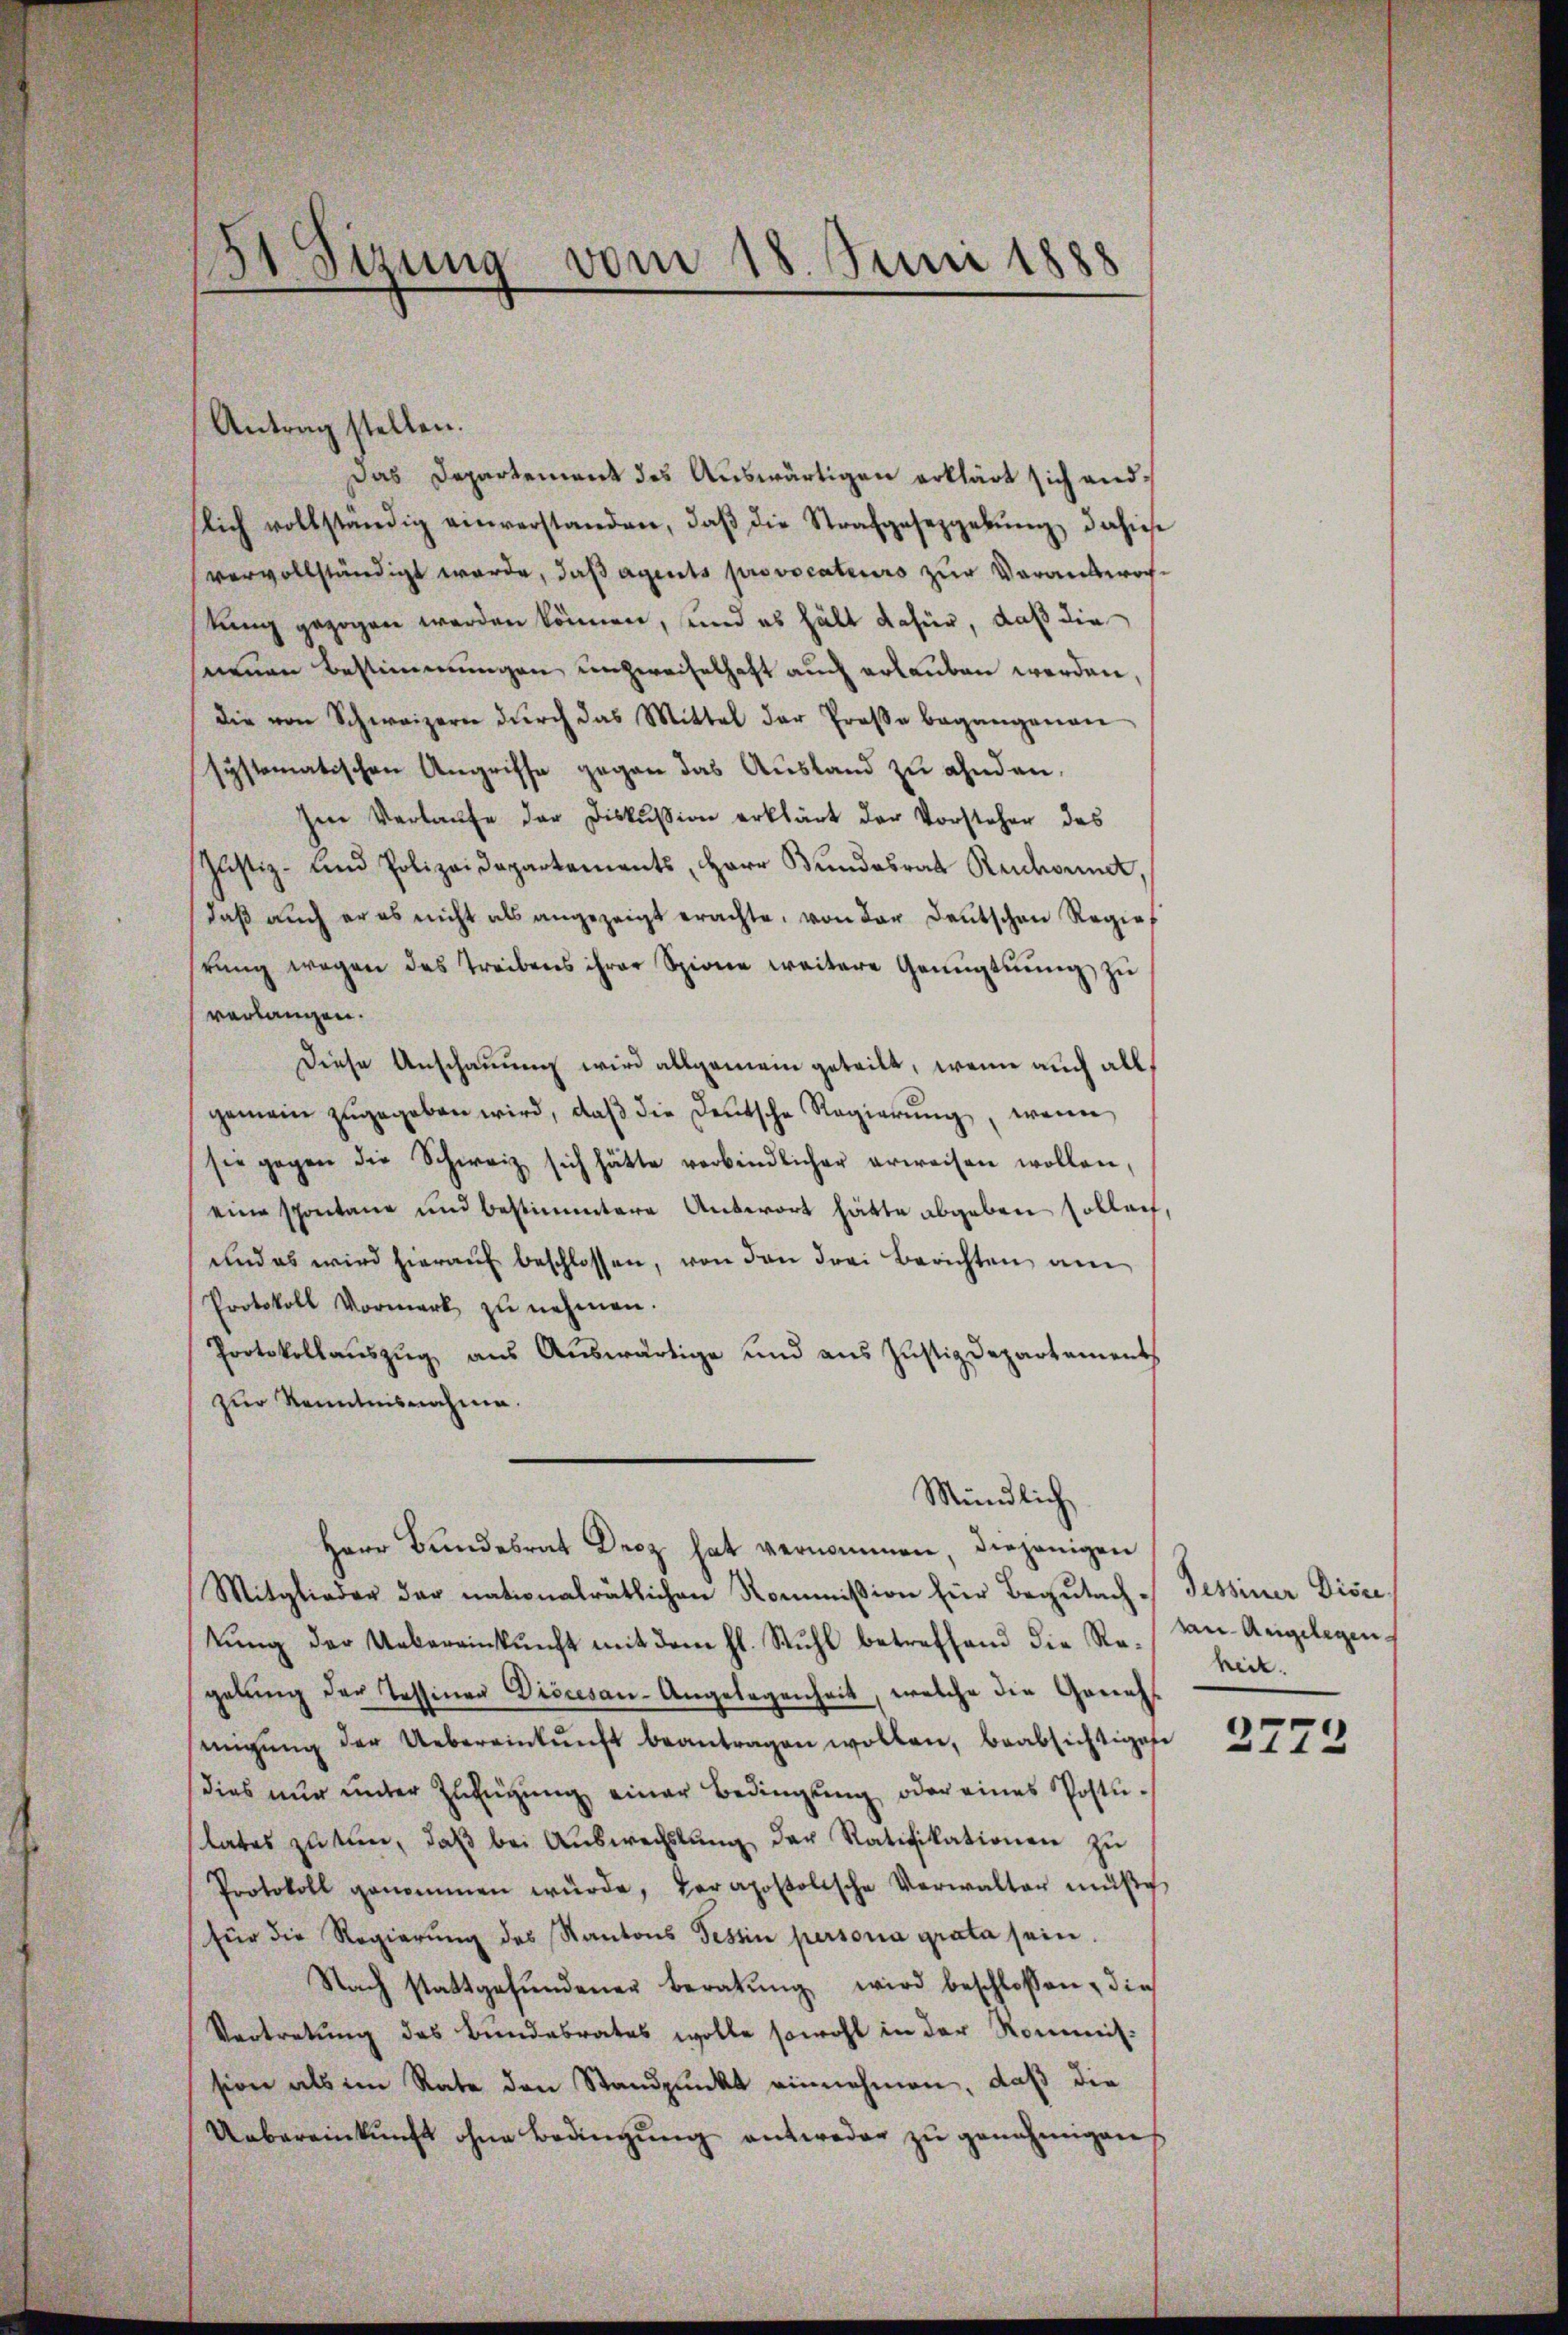
131 Sizung
vom 18 Juni 1888

Antrag stellen.
Das Departement des Auswärtigen erklärt sich andlich vollständig einverstanden, daβ die Strafgesetzgebŭng dahin
vervollständigt werde, daß ageits provocateurs zur Verantwochkung gezogen werden können, und es hält dafür, daß die
snenen Bestimmungen unzweifelhaft auch erlauben werden,
die von Schweizern dŭrch das Mittel der Prose begangenen
systematischen Angriffe gegen das Ausland zu ahnden.
sen Verlaŭfe der Diskussion erklärt der Vorsteher des
Justiz- und Polizeidepartements, Herr Bŭndesrat Reichnet,
daβ aŭch er es nicht als angezeigt erachte, von der Deutschen Regie
rŭng wegen des Treibens ihrer Spione weitere Genügtnŭng zu
verlangen.
Diese Anschauung wird allgemein getritt, wenn auch all
gemein zŭgegeben wird, daβ die Deutsche Regierŭng, wenn
sie gegen die Schweiz sich hätte verbindlicher erweisen wollen,
eine schontane und bestimmtere Antwort hätte abgeben sollent,
und es wird hieraŭf beschlossen, von den drei Berichten am
Protokoll Vormerk zu nehmen.
Protokollauszug aus Auswärtige und aus Justizdepartement
zur Kenntnisnahme.
Mündlich
Herr Bundesrat Droz hat vernommen, diejenigen
Mitglieder der nationalrätlichen Kommißion für Begutach Tessiner Disce
tŭng der Uebereinkunft mit dem hl. Stuhl betreffend die Rein-Angelegengelŭng der Tessinen Diocesan-Angelegenheit, welche die Geneh
migŭng der Uebereinkunft beantragen wollen, beabsichtigese
dies nur unter Zufügung einer Bedingung oder eines Postulates zu tun, daβ bei Aŭswechslung der Ratifikationen zu
Protokoll genommen würde, der apostolische Verwalter müße,
für die Regierŭng des Kantons Tessin personia grata sein.
Nach stattgefŭndener Beratŭng wird beschlossen, die
Vertretung des Bundesrates wolle sowohl in der Kommis-
sion als im Rate den Standpunkt einnehmen, daß die
Uebereinkunft ohne Bedingŭng antweder zŭ genehmigen,

heit.

2772